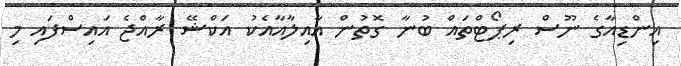
އިންޑިއާގެ ނޫސް ރިޕޯޓްތައް ބުނާ ގޮތުން އާއިލާއާއެކު އަކްޝޭ ރާއްޖެ އައިސްފައި މި